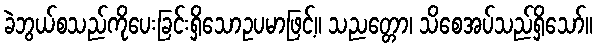
ခဲဘွယ်စသည်ကိုပေးခြင်းရှိသောဥပမာဖြင့်။ သညတ္တော၊ သိစေအပ်သည်ရှိသော်။